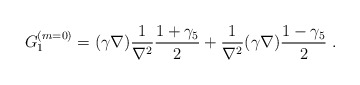
\begin{align*}G_1^{(m=0)}=(\gamma \nabla)\frac{1}{\nabla^2}\frac{1+\gamma_5}{2}+\frac{1}{\nabla^2}(\gamma \nabla)\frac{1-\gamma_5}{2}~.\end{align*}